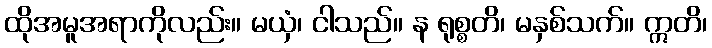
ထိုအမူအရာကိုလည်း။ မယှံ၊ ငါသည်။ န ရုစ္စတိ၊ မနှစ်သက်။ ဣတိ၊